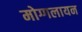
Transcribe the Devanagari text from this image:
मोग्गलायन